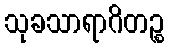
သုခသာရာဂိတဉ္စ